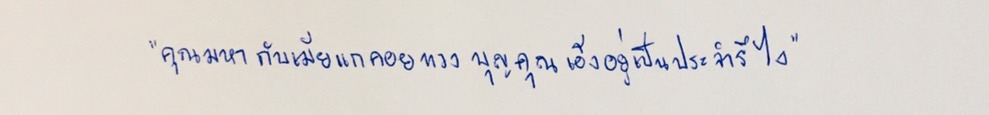
"คุณมหากับเมียแกคอยทวงบุญคุณเอ็งอยู่เป็นประจำรึไง"